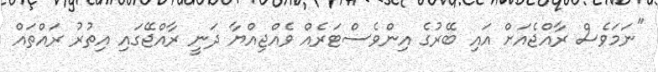
"ނަމަވެސް ރާއްޖެއަށް އައި ބޭރުގެ އިންވެސްޓަރެއް ވެއްޖިއްޔާ ދަނީ ރާއްޖޭގައި އިތުރު ރައްތައް